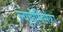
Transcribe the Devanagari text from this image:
ल्युबोमिर्सका